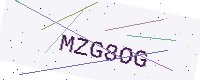
Text: MZG8OG